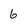
Character: 6